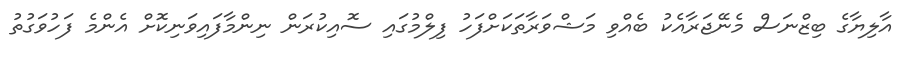
އާލިޔާގެ ބިޒްނަސް މެނޭޖަރާއެކު ބެއްވި މަޝްވަރާތަކަށްފަހު ފިލްމުގައި ސޮއިކުރަން ނިންމާފައިވަނިކޮށް އެންމެ ފަހުވަގުތު